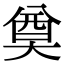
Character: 奠